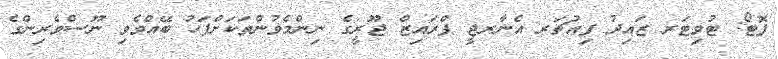
ފޮޓޯ: ޓުވިޓަރ ޒައިދު ފިއުޗަރ އެނާރޖީ ޕްރައިޒް ޖޫރީގެ ނިންމެވުންތަކަށްފަހު ބޭއްވެވި ނޫސްވެރިންގެ